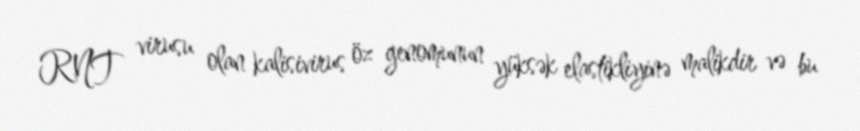
RNT virusu olan kalisivirus öz genomunun yüksək elastikliyinə malikdir və bu